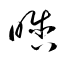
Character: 晗